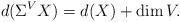
LaTeX: \begin{align*} {d}(\Sigma^V X)= {d}(X) + \dim V. \end{align*}